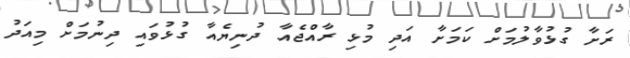
ރަށާ ގުޅުވާލުމަށް ކަމަށާ އަދި މުޅި ރާއްޖެއާ ދުނިޔެއާ ގުޅުވައި ދިނުމަށް މިއަދު